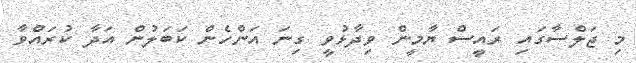
މި ޖަލްސާގައި ރައީސް ޔާމީން ވިދާޅުވީ ގިނަ އަންހެން ކަބަލުން އަދާ ކުރައްވާ